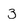
Character: 3